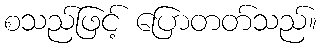
စသည်ဖြင့် ပြောတတ်သည်။